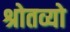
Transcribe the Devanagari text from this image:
श्रोतव्यो